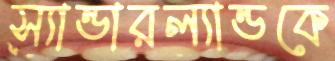
স্যান্ডারল্যান্ডকে